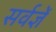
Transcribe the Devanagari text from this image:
सर्वज्ञें